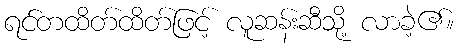
ရင်တထိတ်ထိတ်ဖြင့် လူဆန်းဆီသို့ လာခဲ့၏။